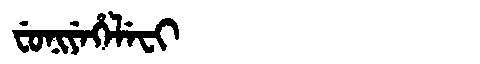
Manchu: ᠸᡠᠨᡳᠶᡝᡥᡝᠯᡝᠸᡳ
Romanization: FUNIYEHELEFI